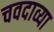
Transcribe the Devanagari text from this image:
चवदाव्या